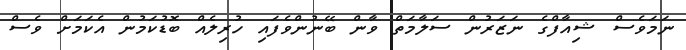
ނަމަވެސް ޝިއާފްގެ ނަޒަރުން ސަލާމަތް ވާން ބޭނުންވެފައި ހުރިލެއް ބޮޑުކަމުން އެކަމަށް ވެސް